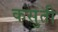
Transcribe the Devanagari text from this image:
कसुती